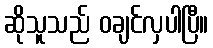
ဆိုသူသည် ဝချင်လှပါပြီ။